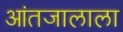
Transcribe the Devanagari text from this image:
आंतजालाला